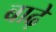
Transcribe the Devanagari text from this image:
बाढ़े